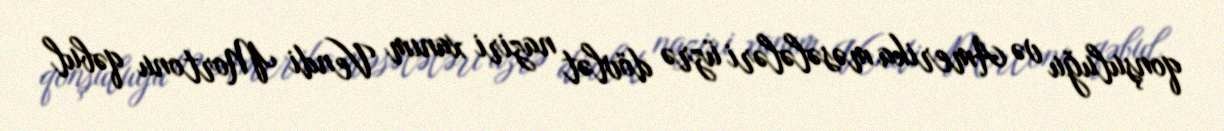
qonşuluğu və Amerika məsələləri üzrə dövlət naziri xanım Vendi Mortonu qəbul